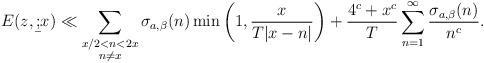
LaTeX: \begin{align*} E(z, \b;x)\ll \sum_{\substack{x/2 < n < 2x \\ n \ne x}} \sigma _{a,\beta}(n)\min \bigg( 1, \frac{x}{T|x-n|} \bigg) + \frac{4^{c}+x^{c}}{T} \sum_{n=1}^{\infty} \frac{\sigma _{a,\beta}(n)}{n^{c}}. \end{align*}